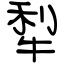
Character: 犁